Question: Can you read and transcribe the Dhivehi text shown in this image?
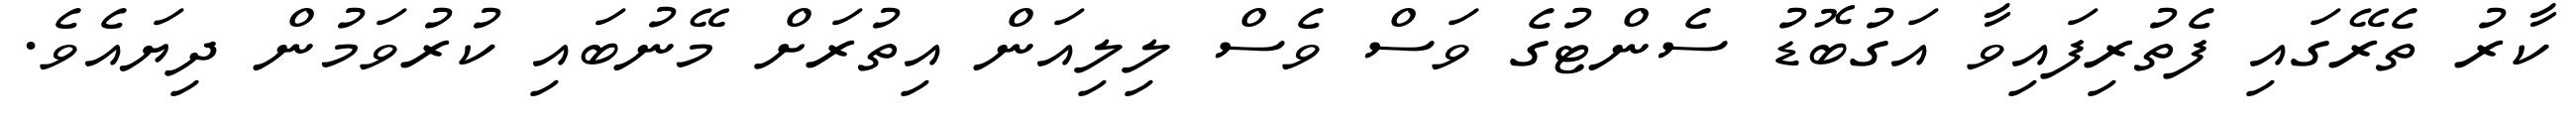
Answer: ކާރު ތެރޭގައި ފެތުރިފައިވާ އަގުބޮޑު ސެންޓުގެ ވަސް ވެސް ލިލިއަން އިތުރަށް މޭނުބައި ކުރުވަމުން ދިޔައެވެ.